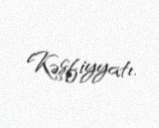
Kəşfiyyatı.